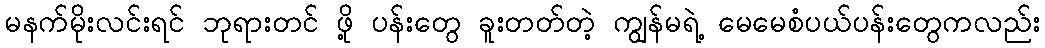
မနက်မိုးလင်းရင် ဘုရားတင် ဖို့ ပန်းတွေ ခူးတတ်တဲ့ ကျွန်မရဲ့ မေမေစံပယ်ပန်းတွေကလည်း